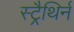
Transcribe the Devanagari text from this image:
स्ट्रैथिर्न